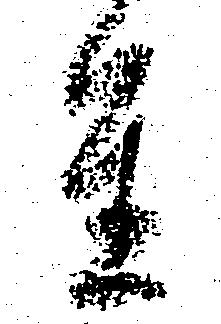
重